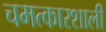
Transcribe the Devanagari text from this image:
चमत्कारशाली